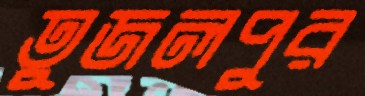
তুজলপুর